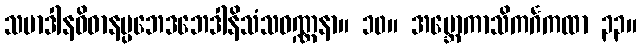
သမာဒါနဝိဓာနပ္ပဘေဒဘေဒါနိသံသဝဏ္ဏနာ။ ၁၀။ အဗ္ဘောကာသိကင်္ဂကထာ ၃၃။